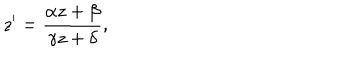
z ^ { \prime } = \frac { \alpha z + \beta } { \gamma z + \delta } ,